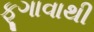
ફૂગાવાથી